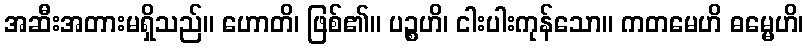
အဆီးအတားမရှိသည်။ ဟောတိ၊ ဖြစ်၏။ ပဉ္စဟိ၊ ငါးပါးကုန်သော။ ကတမေဟိ ဓမ္မေဟိ၊